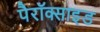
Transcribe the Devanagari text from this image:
पैरॉक्साइड